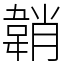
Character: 韒